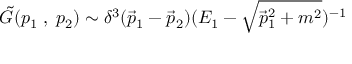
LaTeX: \tilde { G } ( p _ { 1 } \; , \; p _ { 2 } ) \sim \delta ^ { 3 } ( \vec { p } _ { 1 } - \vec { p } _ { 2 } ) ( E _ { 1 } - \sqrt { \vec { p } _ { 1 } ^ { 2 } + m ^ { 2 } } ) ^ { - 1 }